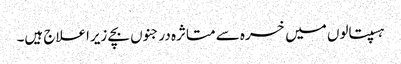
ہسپتالوں میں خسرہ سے متاثرہ درجنوں بچے زیراعلاج ہیں۔